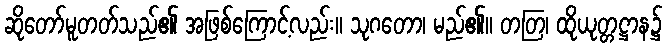
ဆိုတော်မူတတ်သည်၏ အဖြစ်ကြောင့်လည်း။ သုဂတော၊ မည်၏။ တတြ၊ ထိုယုတ္တဋ္ဌာန၌